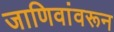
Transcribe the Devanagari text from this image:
जाणिवांवरून